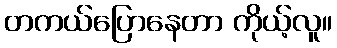
တကယ်ပြောနေတာ ကိုယ့်လူ။